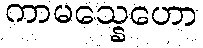
ကာမသ္နေဟော